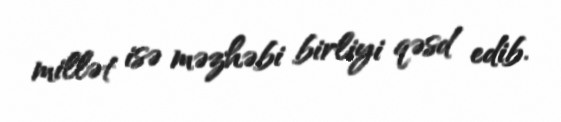
millət isə məzhəbi birliyi qəsd edib.